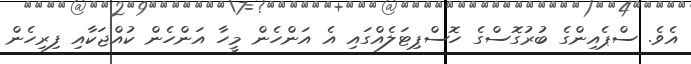
އެވެ. ސްޕެއިންގެ ބުރުގޮސްގެ ހޮސްޕިޓަލެއްގައި އެ އަންހެން މީހާ އަންހެން ކުއްޖަކާއި ފިރިހެން